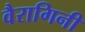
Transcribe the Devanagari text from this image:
वैरागिनी